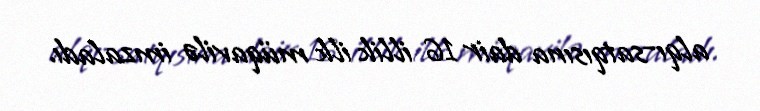
alqı-satqısına dair 16 illik ilk müqavilə imzaladı.